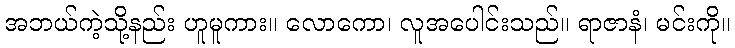
အဘယ်ကဲ့သို့နည်း ဟူမူကား။ လောကော၊ လူအပေါင်းသည်။ ရာဇာနံ၊ မင်းကို။